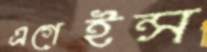
এগেইন্স